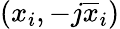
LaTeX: (x_{i},-j\overline{{x}}_{i})